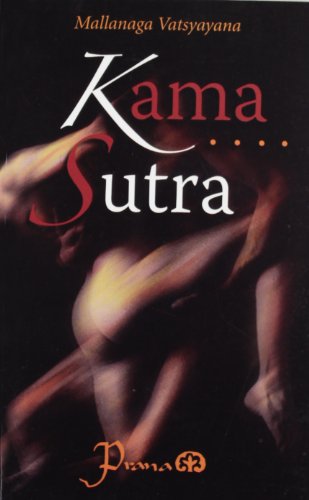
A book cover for Kama Sutra (Spanish Edition); Mallanaga Vatsyayana; Religion & Spirituality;